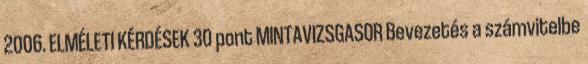
2006. ELMÉLETI KÉRDÉSEK 30 pont MINTAVIZSGASOR Bevezetés a számvitelbe